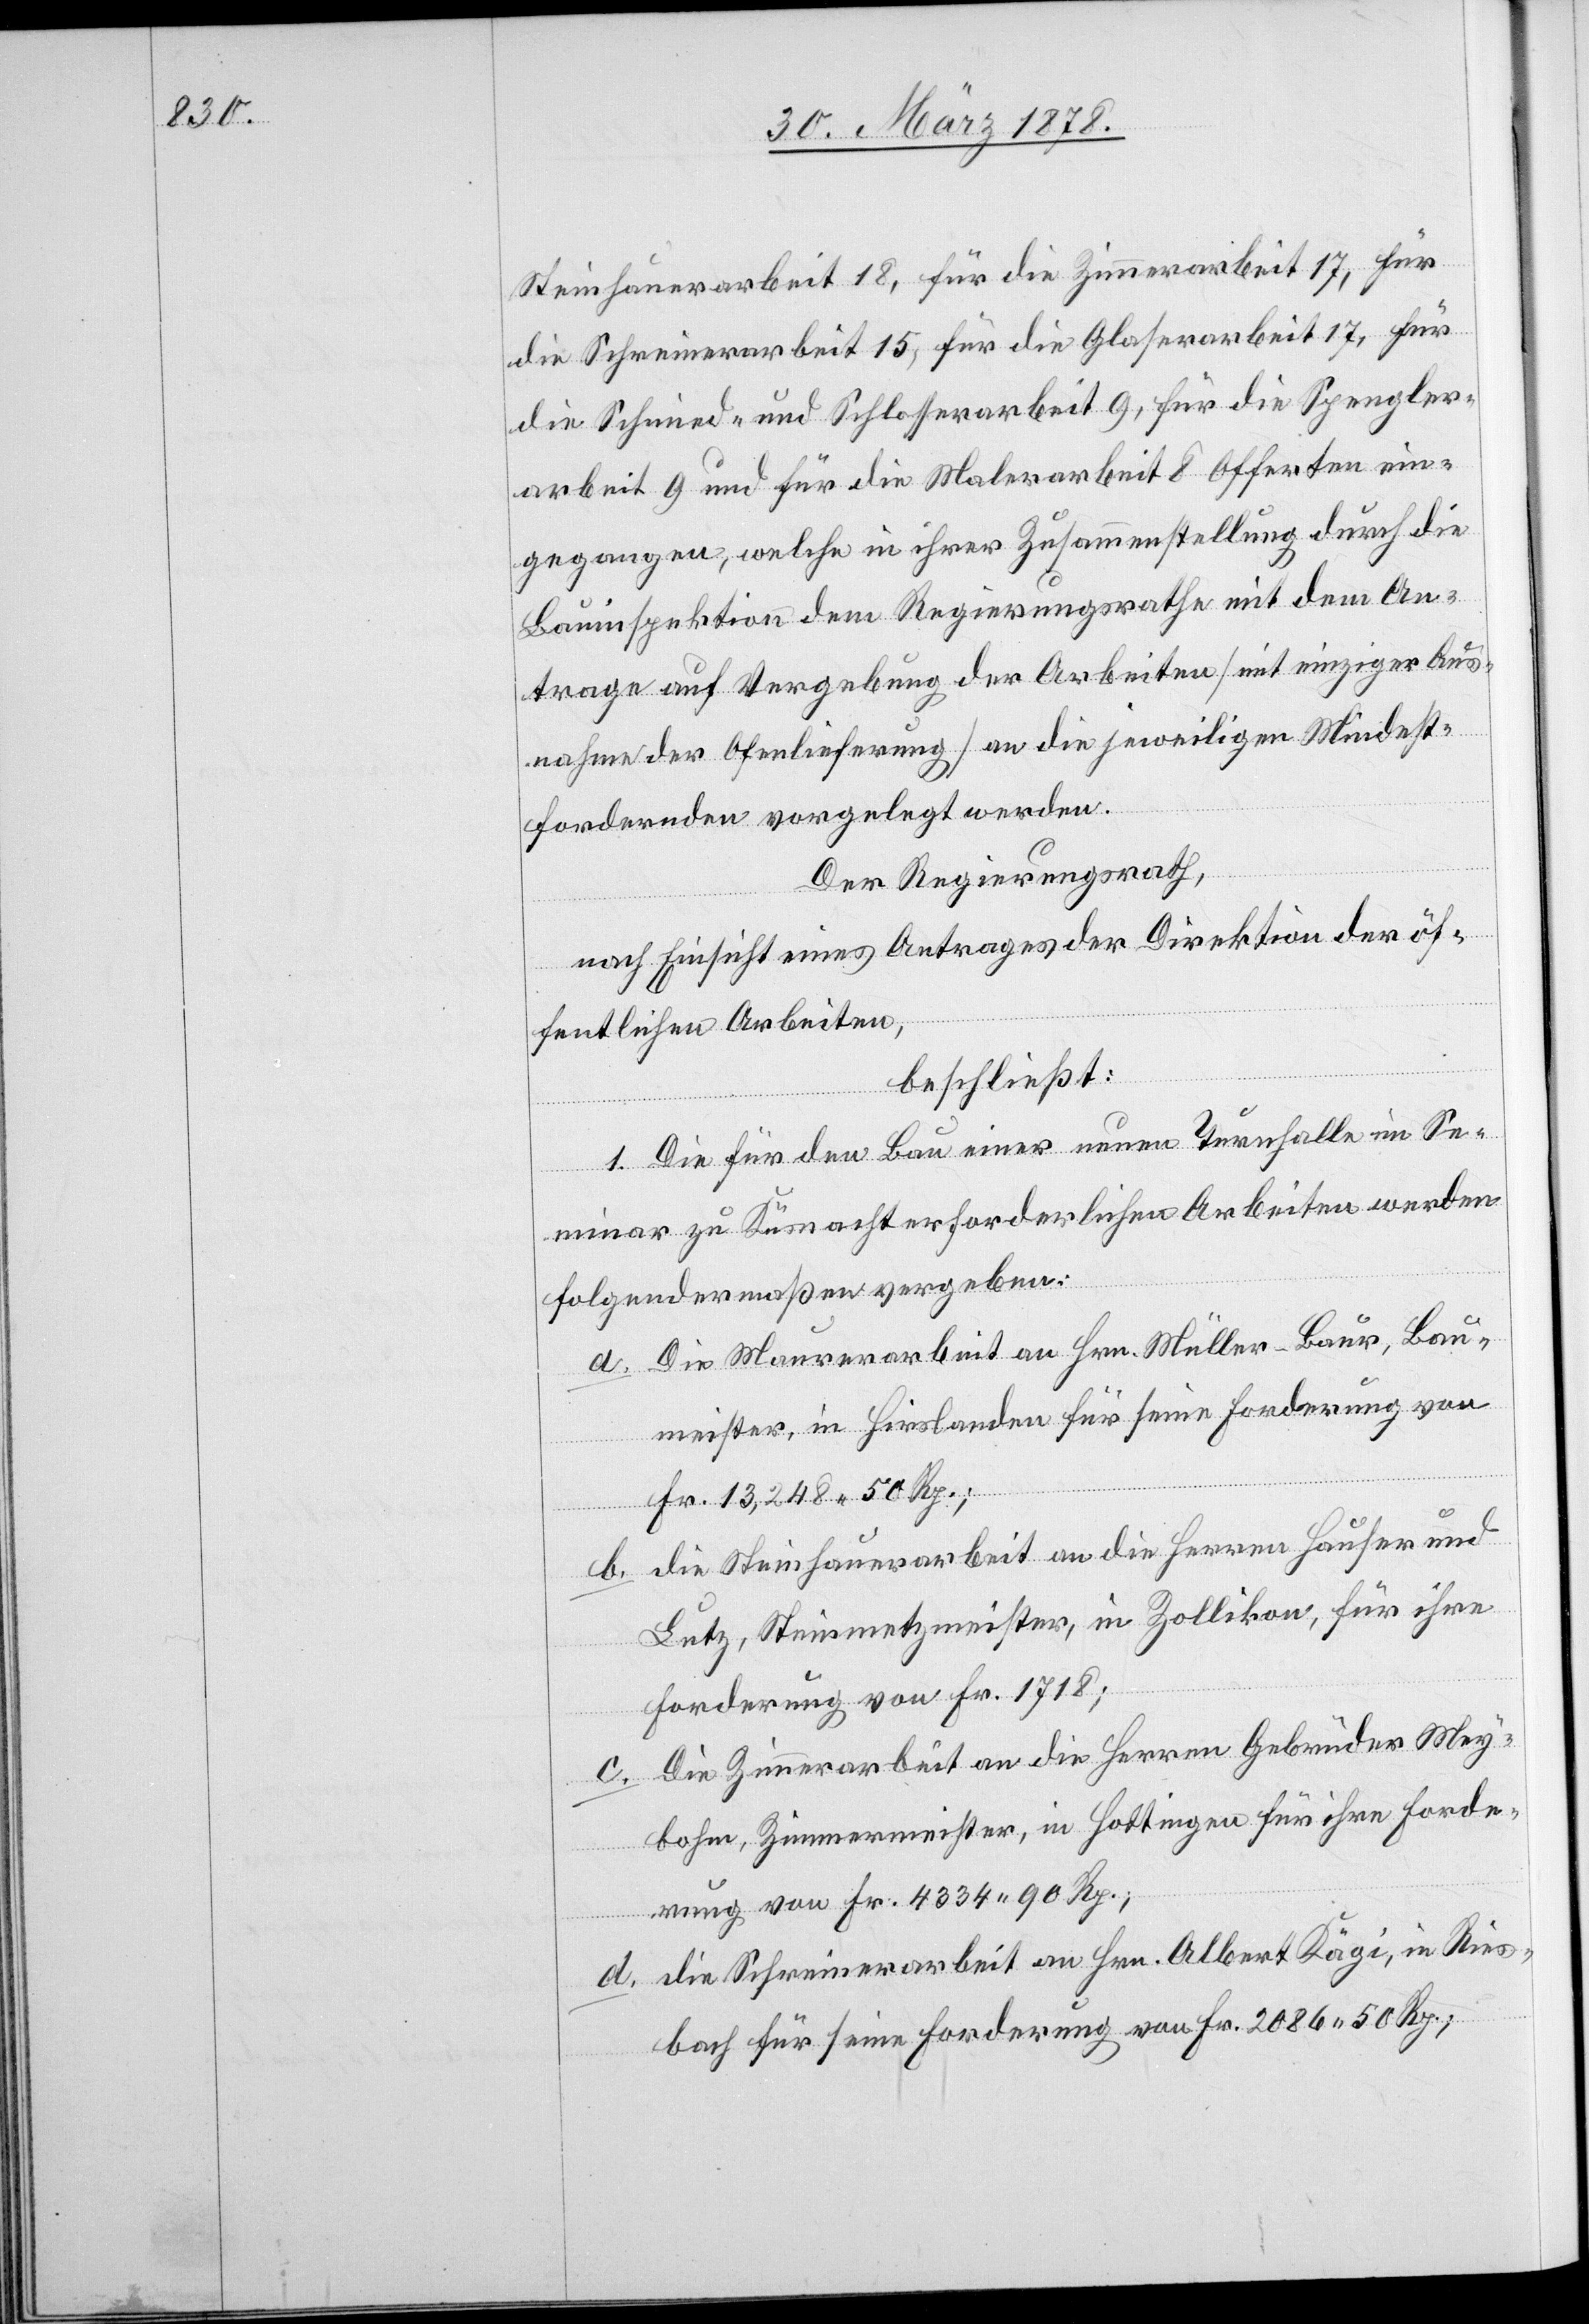
Steinhauerarbeit 18, für die Zimmerarbeit 17, für
die Schreinerarbeit 15, für die Glaserarbeit 17, für
die Schmied- und Schlosserarbeit 9, für die Spengler¬
arbeit 9 und für die Malerarbeit 8 Offerten ein¬
gegangen, welche in ihrer Zusammenstellung durch die
Bauinspektion dem Regierungsrathe mit dem An¬
trage auf Vergebung der Arbeiten (mit einziger Aus¬
nahme der Ofenlieferung) an die jeweiligen Mindest¬
fordernden vorgelegt werden.
Der Regierungsrath,
nach Einsicht eines Antrages der Direktion der öf¬
fentlichen Arbeiten,
beschließt:
1. Die für den Bau einer neuen Turnhalle im Se¬
minar zu Küsnacht erforderlichen Arbeiten werden
folgendermaßen vergeben:
a. Die Maurerarbeit an Hrn. Müller-Baur, Bau¬
meister, in Hirslanden für seine Forderung von
Fr. 13,248. 50 Rp.;
b. die Steinhauerarbeit an die Herren Hauser und
Lutz, Steinmetzmeister, in Zollikon, für ihre
Forderung von Fr. 1718;
c. Die Zimmerarbeit an die Herren Gebrüder Mey¬
bohm, Zimmermeister, in Hottingen für ihre Forde¬
rung von Fr. 4334. 90 Rp.;
d. die Schreinerarbeit an Hrn. Albert Kägi, in Ries¬
bach für seine Forderung von Fr. 2086. 50 Rp.;